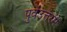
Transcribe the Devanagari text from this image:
पुर्वउत्तरमे